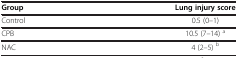
<table><thead><tr><td><b>Group</b></td><td><b>Lung injury score</b></td></tr></thead><tbody><tr><td>Control</td><td>0.5 (0–1)</td></tr><tr><td>CPB</td><td>10.5 (7–14) <sup>a</sup></td></tr><tr><td>NAC</td><td>4 (2–5) <sup>b</sup></td></tr></tbody></table>